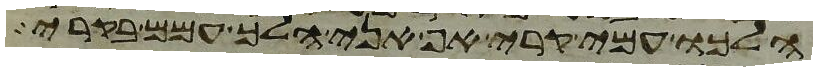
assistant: הלכו עמי בקרי אף אני הלך עמם בקרי